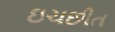
ઇચછીત